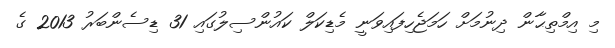
މި އިމްތިޙާން ދިނުމަށް ހަމަޖެހިފައިވަނީ މެޑިކަލް ކައުންސިލުގައި 31 ޑިސެންބަރު 2013 ގެ